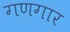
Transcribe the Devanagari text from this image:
गणगार